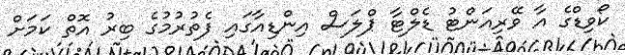
ކޯވިޑްގެ އާ ވޭރިއަންޓު ޑެލްޓާ ޕްލަސް އިންޑިއާގައި ފެތުރުމުގެ ބިރު އޮތް ކަމަށް